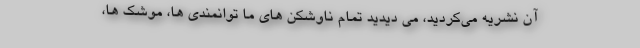
آن نشریه می‌کردید، می دیدید تمام ناوشکن های ما توانمندی ها، موشک ها،